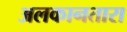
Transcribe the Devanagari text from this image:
अलकानतारा